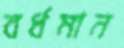
বর্ধমান